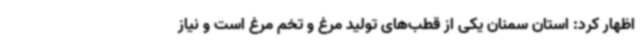
اظهار کرد: استان سمنان یکی از قطب‌های تولید مرغ و تخم مرغ است و نیاز